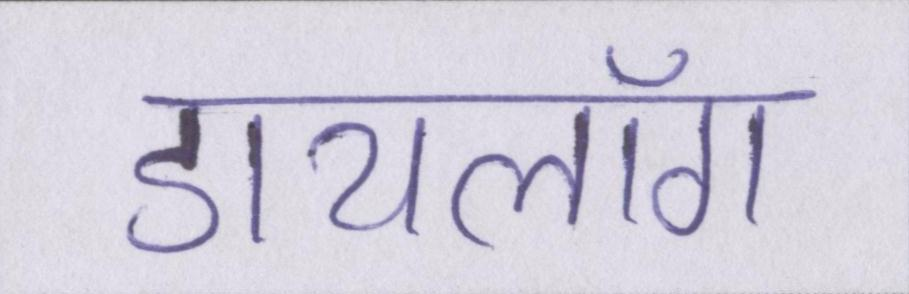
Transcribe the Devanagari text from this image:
डायलॉग